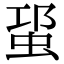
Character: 𧊡